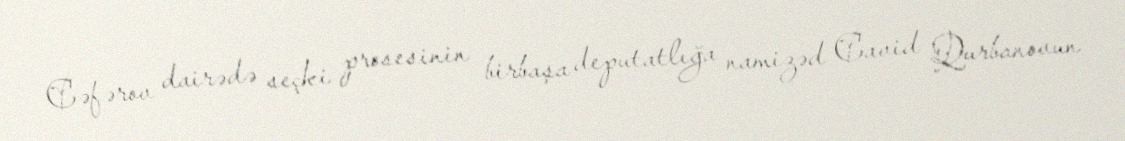
Cəfərov dairədə seçki prosesinin birbaşa deputatlığa namizəd Cavid Qurbanovun